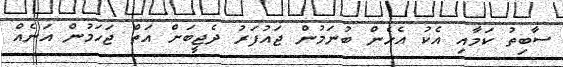
ސާބިތު ކަމާއި އެކު އެހެން ބުނަމުން ޖައުފަރު ދެޖީބަށް އަތް ޖަހަމުން އަނެއް